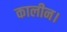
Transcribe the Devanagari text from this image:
कालीन।